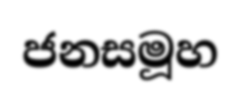
ජනසමූහ